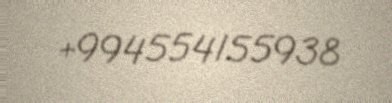
+994554155938